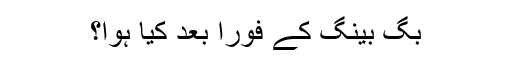
بگ بینگ کے فوراً بعد کیا ہوا؟